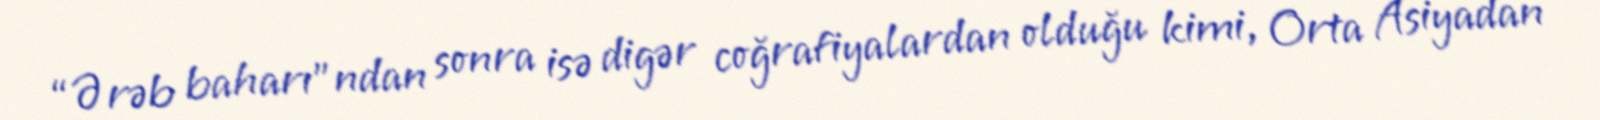
“Ərəb baharı”ndan sonra isə digər coğrafiyalardan olduğu kimi, Orta Asiyadan